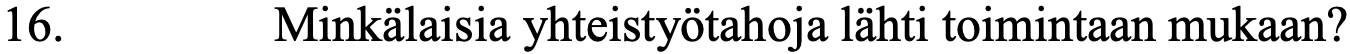
16.      Minkälaisia yhteistyötahoja lähti toimintaan mukaan?